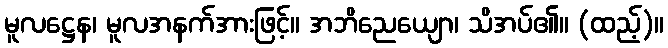
မူလဋ္ဌေန၊ မူလအနက်အားဖြင့်။ အဘိညေယျော၊ သိအပ်၏။ (ထည့်)။